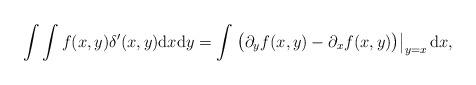
LaTeX: \begin{align*} \int \int f(x,y)\delta'(x,y)\mathrm{d}x\mathrm{d}y = \int \left.\big(\partial_y f(x,y) - \partial_x f(x,y)\big)\right|_{y=x}\mathrm{d}x,\end{align*}